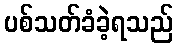
ပစ်သတ်ခံခဲ့ရသည်